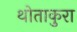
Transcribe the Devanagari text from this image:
थोताकुरा